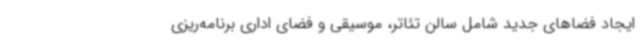
ایجاد فضاهای جدید شامل سالن تئاتر، موسیقی و فضای اداری برنامه‌ریزی